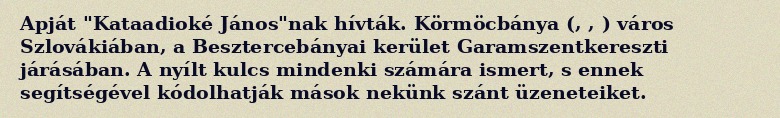
Apját "Kataadioké János"nak hívták. Körmöcbánya (, , ) város Szlovákiában, a Besztercebányai kerület Garamszentkereszti járásában. A nyílt kulcs mindenki számára ismert, s ennek segítségével kódolhatják mások nekünk szánt üzeneteiket.